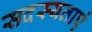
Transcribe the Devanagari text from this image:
सदस्यताएं